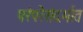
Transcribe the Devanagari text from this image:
परंपरेसंदर्भात